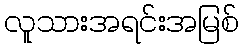
လူသားအရင်းအမြစ်